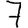
Digit: 7